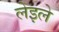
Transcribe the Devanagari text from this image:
लेइले